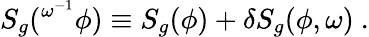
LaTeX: S_{g}(^{\omega^{-1}}\phi)\equiv S_{g}(\phi)+\delta S_{g}(\phi,\omega)\ .